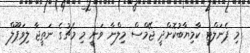
މި ޕެނަލްޓީ ކާމިޔާބުކޮށްދީ ޖޭމްސް މިލްނާ ވަނީ މި މެޗުގެ ނަތީޖާ ލިވަޕޫލް